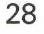
28